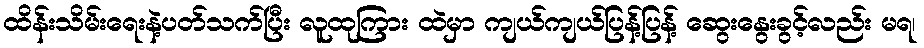
ထိန်းသိမ်းရေးနဲ့ပတ်သက်ပြီး လူထုကြား ထဲမှာ ကျယ်ကျယ်ပြန့်ပြန့် ဆွေးနွေးခွင့်လည်း မရ၊